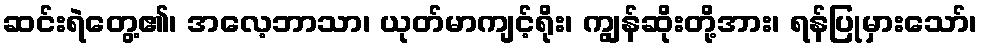
ဆင်းရဲတွေ့၏၊ အလေ့ဘာသာ၊ ယုတ်မာကျင့်ရိုး၊ ကျွန်ဆိုးတို့အား၊ ရန်ပြုမှားသော်၊